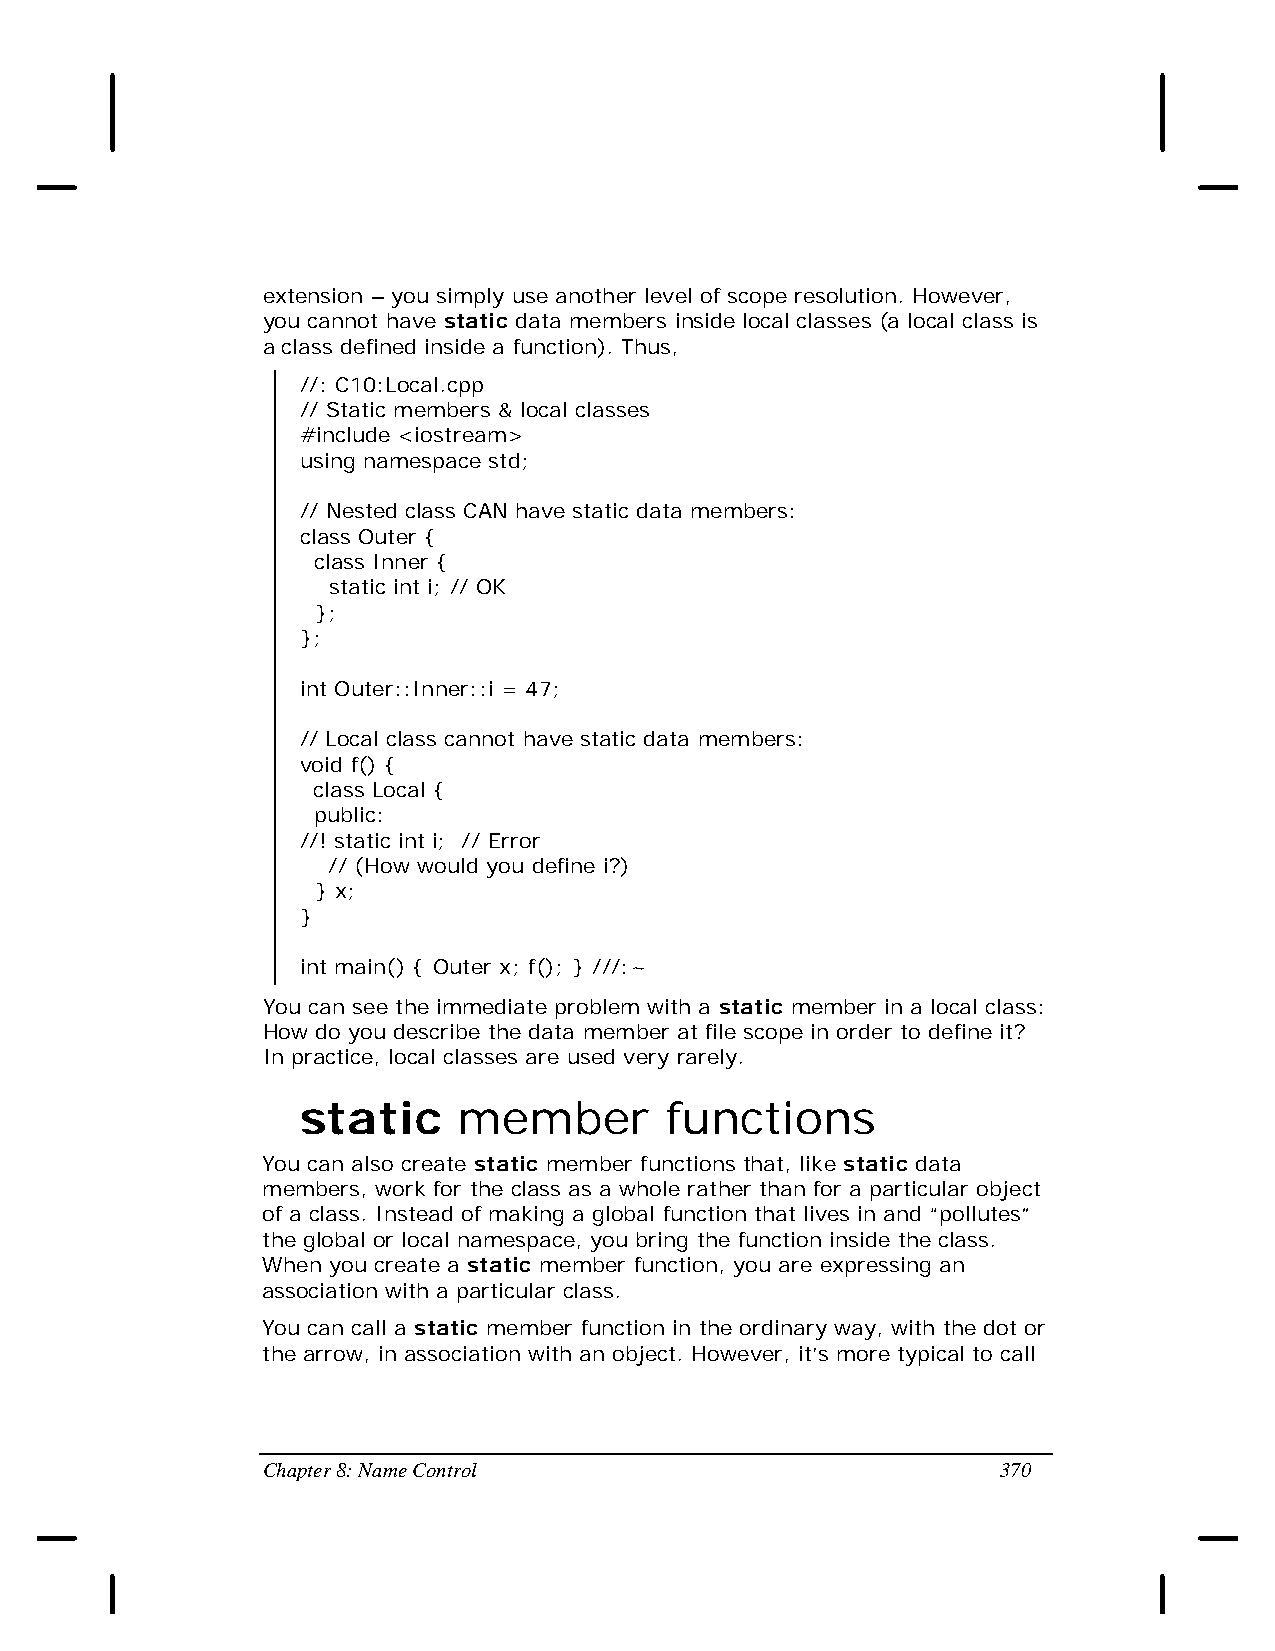
extension – you simply use another level of scope resolution. However,
 you cannot have static data members inside local classes (a local class is
 a class defined inside a function). Thus,
 //: C10:Local.cpp
 // Static members & local classes
 #include <iostream>
 using namespace std;
 // Nested class CAN have static data members:
 class Outer {
 class Inner {
 static int i; // OK
 };
 };
 int Outer::Inner::i = 47;
 // Local class cannot have static data members:
 void f() {
 class Local {
 public:
 //! static int i; // Error
 // (How would you define i?)
 } x;
 }
 int main() { Outer x; f(); } ///:~
 You can see the immediate problem with a static member in a local class:
 How do you describe the data member at file scope in order to define it?
 In practice, local classes are used very rarely.
 static    member        functions
 You can also create static member functions that, like static data
 members, work for the class as a whole rather than for a particular object
 of a class. Instead of making a global function that lives in and “pollutes”
 the global or local namespace, you bring the function inside the class.
 When you create a static member function, you are expressing an
 association with a particular class.
 You can call a static member function in the ordinary way, with the dot or
 the arrow, in association with an object. However, it’s more typical to call
 Chapter 8: Name Control                          370